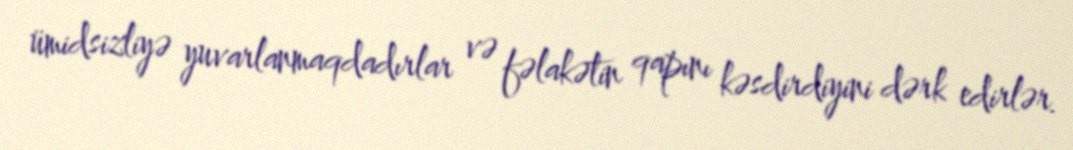
ümidsizliyə yuvarlanmaqdadırlar və fəlakətin qapını kəsdirdiyini dərk edirlər.